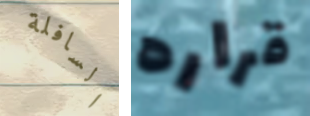
السافلة قراره